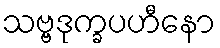
သဗ္ဗဒုက္ခပဟီနော